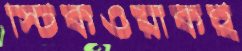
স্টিকওয়ার্কই